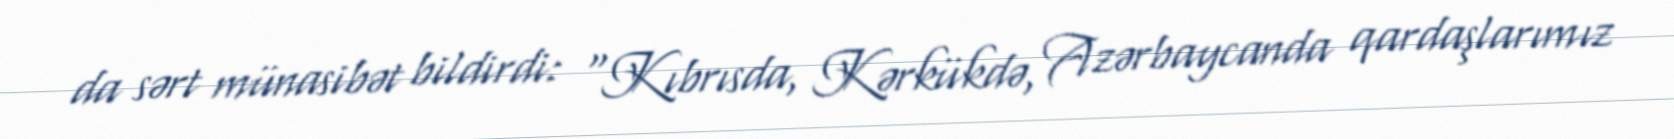
da sərt münasibət bildirdi: “Kıbrısda, Kərkükdə, Azərbaycanda qardaşlarımız